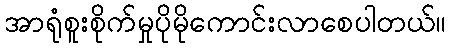
အာရုံစူးစိုက်မှုပိုမိုကောင်းလာစေပါတယ်။